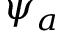
\psi _ { a }